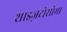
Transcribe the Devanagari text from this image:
शाइज़टोसोमा